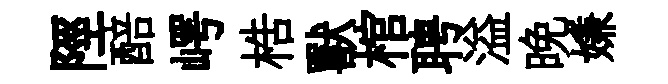
陘醅崿梏獸棺聘溢晩嫌